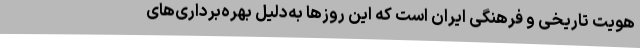
هویت تاریخی و فرهنگی ایران است که این روزها به‌دلیل بهره‌برداری‌های